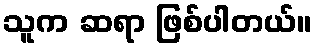
သူက ဆရာ ဖြစ်ပါတယ်။